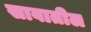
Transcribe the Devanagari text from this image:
सावातील